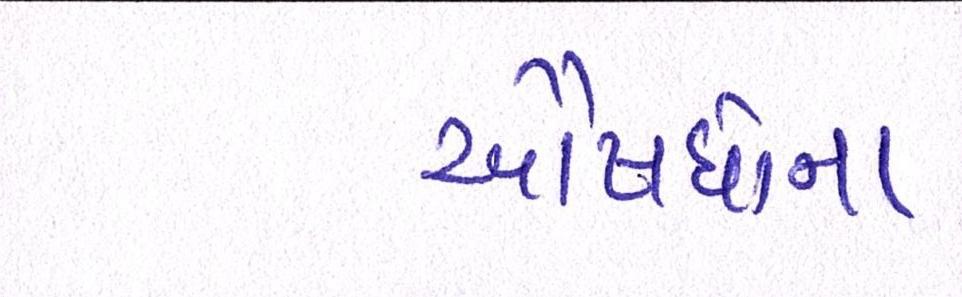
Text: ઔષધોના